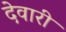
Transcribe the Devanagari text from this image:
देवारी